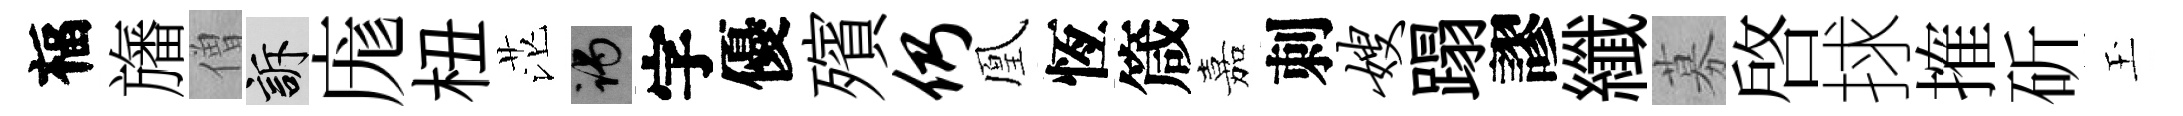
福旛僧訴庬杻茫谒字優殯仍凰恆箴嘉刺嫂蹋謬纖募啟捄搉斫玉